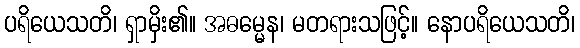
ပရိယေသတိ၊ ရှာမှိး၏။ အဓမ္မေန၊ မတရားသဖြင့်။ နောပရိယေသတိ၊